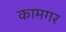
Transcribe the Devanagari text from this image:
कामगर